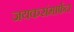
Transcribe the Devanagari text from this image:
जयकरांमार्फत